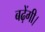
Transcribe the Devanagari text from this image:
बढ़ेंगी।